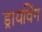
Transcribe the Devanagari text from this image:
ड्रायविंग